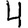
Digit: 4